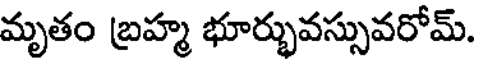
మృతం బ్రహ్మ భూర్భువస్సువరోమ్.